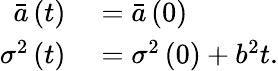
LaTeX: \begin{array}{rl}{\bar{a}\left(t\right)}&{{}=\bar{a}\left(0\right)}\\ {\sigma^{2}\left(t\right)}&{{}=\sigma^{2}\left(0\right)+b^{2}t.}\end{array}